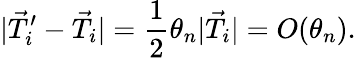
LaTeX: |\vec{T}_{i}^{\prime}-\vec{T}_{i}|=\frac{1}{2}\theta_{n}|\vec{T}_{i}|=O(\theta_{n}).